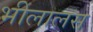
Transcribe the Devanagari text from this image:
भीलालस